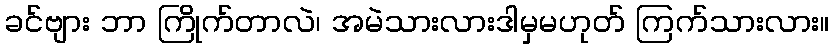
ခင်ဗျား ဘာ ကြိုက်တာလဲ၊ အမဲသားလားဒါမှမဟုတ် ကြက်သားလား။